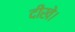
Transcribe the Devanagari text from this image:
दीखे।